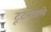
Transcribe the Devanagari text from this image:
टूटनेवाले